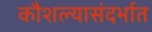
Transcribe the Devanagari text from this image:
कौशल्यासंदर्भात